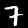
Digit: 7